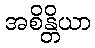
အစိန္တိယာ